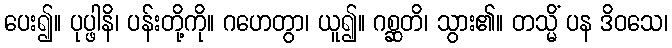
ပေး၍။ ပုပ္ဖါနိ၊ ပန်းတို့ကို။ ဂဟေတွာ၊ ယူ၍။ ဂစ္ဆတိ၊ သွား၏။ တသ္မိံ ပန ဒိဝသေ၊